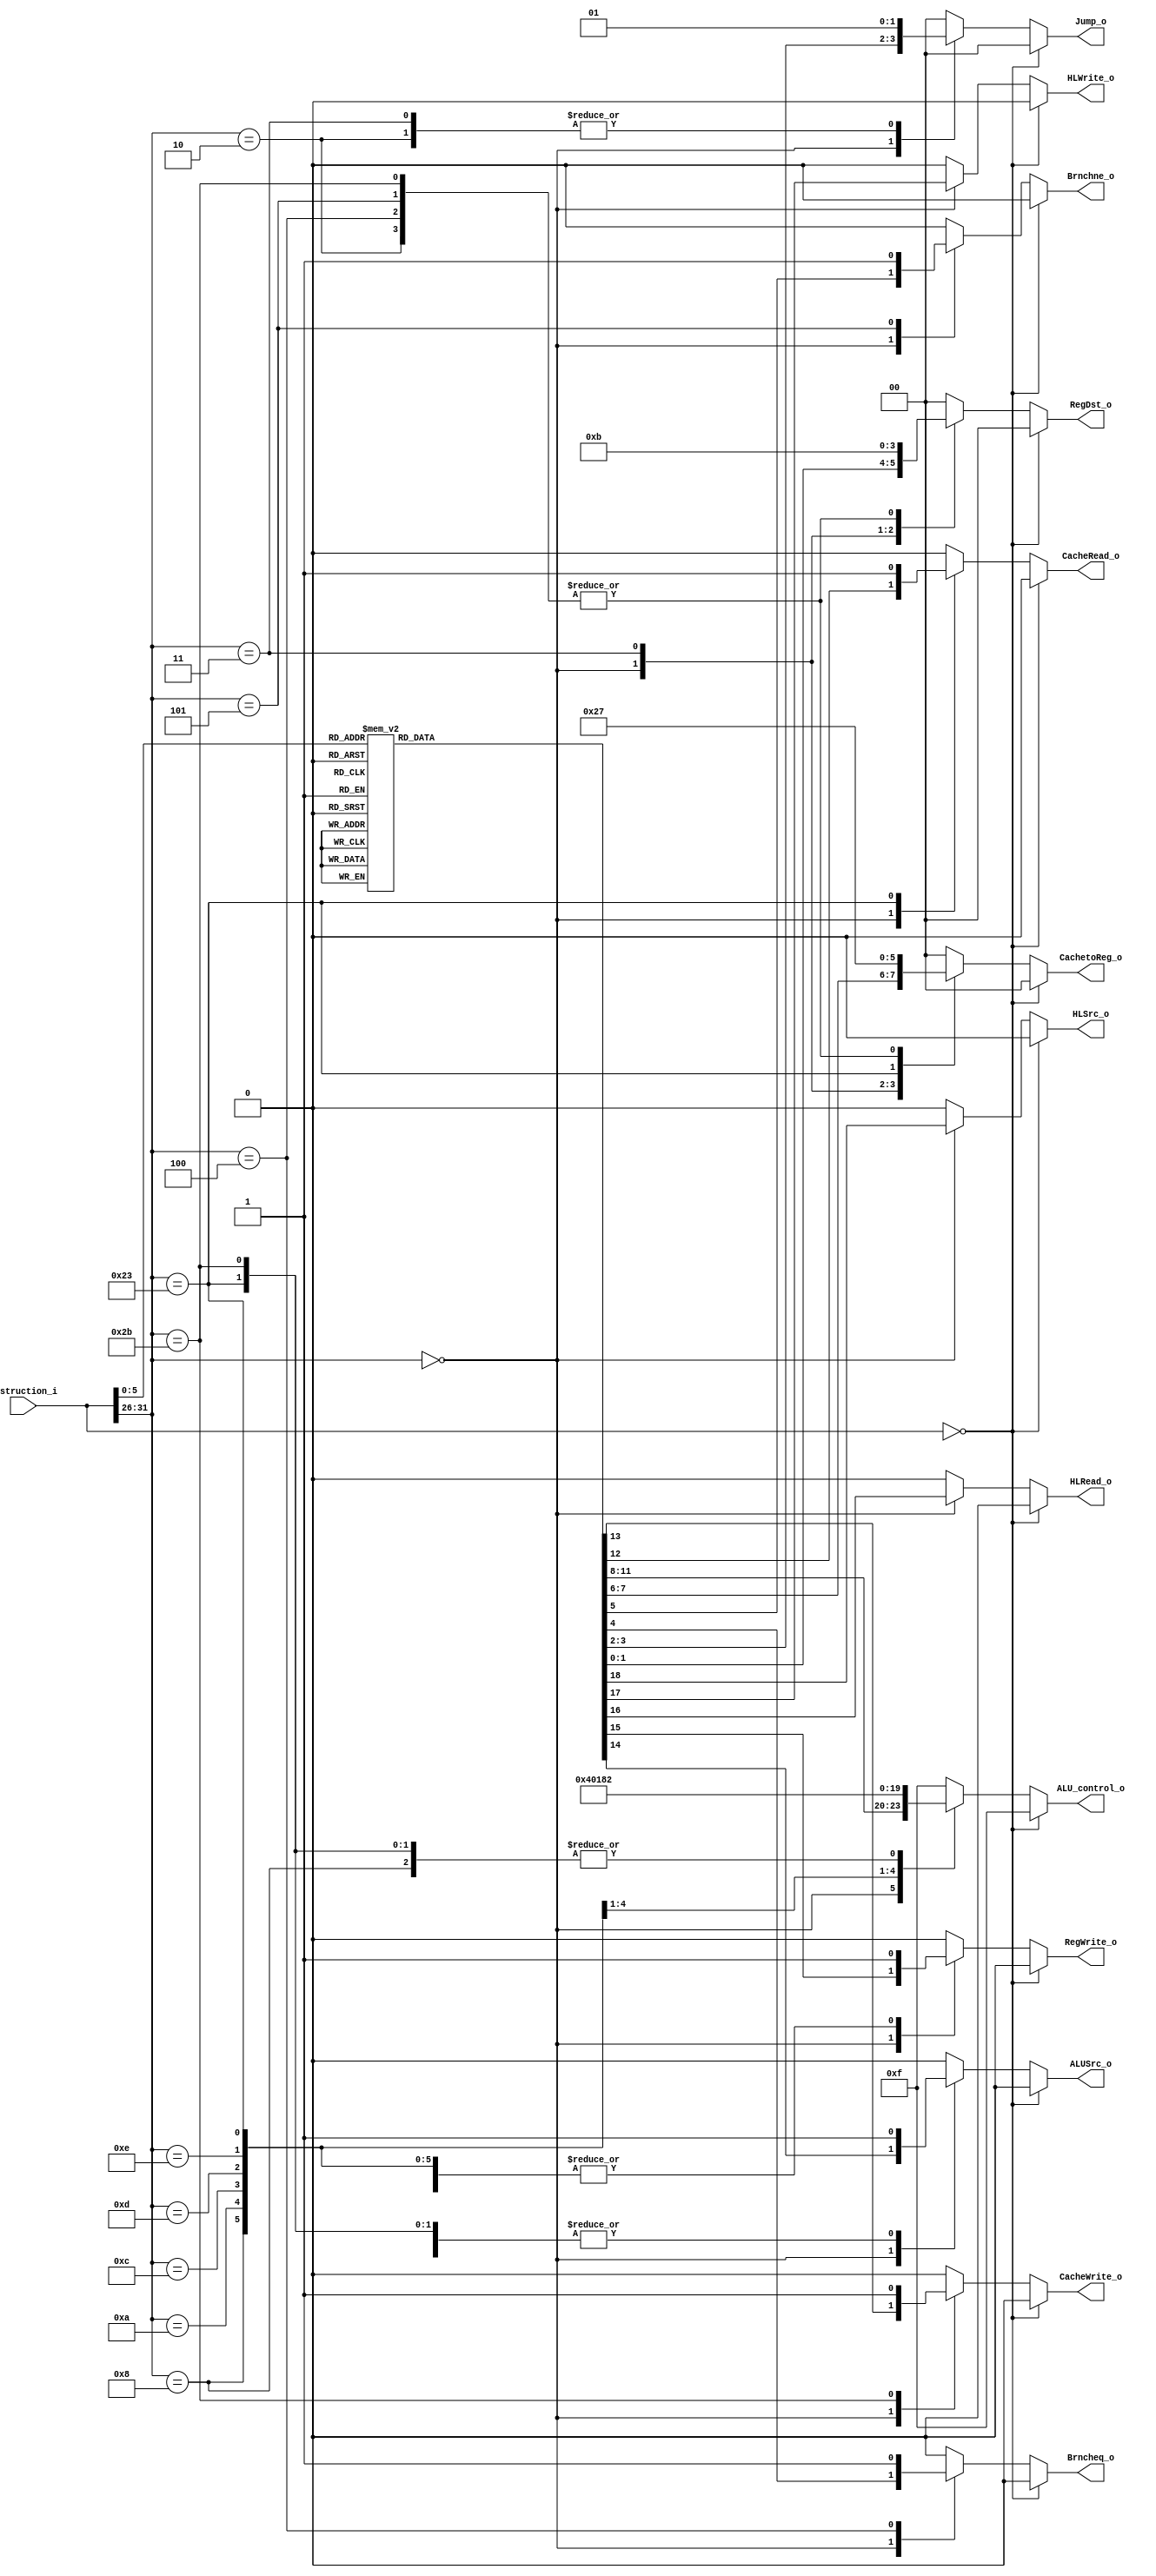
module control (
	input	  [31:0] instruction_i,
	output reg [1:0] RegDst_o,
	output reg [1:0] Jump_o,
	output reg 		 Brncheq_o,
	output reg 		 Brnchne_o,
	output reg [1:0] CachetoReg_o,
	output reg [3:0] ALU_control_o,
	output reg 		 CacheRead_o,
	output reg 		 CacheWrite_o,
	output reg 		 ALUSrc_o,
	output reg 		 RegWrite_o,
	output reg 		 HLRead_o,
	output reg 		 HLWrite_o,
	output reg 		 HLSrc_o
);

localparam AND = 4'd0, OR = 4'd1, ADD = 4'd2, SUB = 4'd3, SLT = 4'd4, SLL = 4'd5, SRL = 4'd6, SRA = 4'd7, XOR = 4'd8, NOR = 4'd9, MULT = 4'd10, DIV = 4'd11;

wire [5:0] opcode_i, funct_i;

assign opcode_i = instruction_i[31:26];
assign funct_i 	= instruction_i[5:0];

always @(*) begin
	if (instruction_i == 32'b0) begin //nop
		RegDst_o   	  = 2'b00;
		Jump_o 	   	  = 2'b00;
		Brncheq_o     = 1'b0;
		Brnchne_o	  = 1'b0;
		CachetoReg_o  = 2'b00;
		ALU_control_o = 4'b1111;
		CacheRead_o	  = 1'b0;
		CacheWrite_o  = 1'b0;
		ALUSrc_o 	  = 1'b0;
		RegWrite_o    = 1'b0;
		HLRead_o	  = 1'b0;
		HLWrite_o	  = 1'b0;
		HLSrc_o		  = 1'b0;
	end else begin
		case (opcode_i)
			6'h0: begin //r-type
				case (funct_i)
					6'h0: begin //sll
						RegDst_o   	  = 2'b01; //$rd
						Jump_o 	   	  = 2'b00;
						Brncheq_o     = 1'b0;
						Brnchne_o	  = 1'b0;
						CachetoReg_o  = 2'b00;
						ALU_control_o = SLL; //sll
						CacheRead_o	  = 1'b0;
						CacheWrite_o  = 1'b0;
						ALUSrc_o 	  = 1'b0;
						RegWrite_o    = 1'b1;
						HLRead_o	  = 1'b0;
						HLWrite_o	  = 1'b0;
						HLSrc_o		  = 1'b0;
					end
					6'h2: begin //srl
						RegDst_o   	  = 2'b01; //$rd
						Jump_o 	   	  = 2'b00;
						Brncheq_o     = 1'b0;
						Brnchne_o	  = 1'b0;
						CachetoReg_o  = 2'b00;
						ALU_control_o = SRL; //srl
						CacheRead_o	  = 1'b0;
						CacheWrite_o  = 1'b0;
						ALUSrc_o 	  = 1'b0;
						RegWrite_o    = 1'b1;
						HLRead_o	  = 1'b0;
						HLWrite_o	  = 1'b0;
						HLSrc_o		  = 1'b0;
					end
					6'h3: begin //sra
						RegDst_o   	  = 2'b01; //$rd
						Jump_o 	   	  = 2'b00;
						Brncheq_o     = 1'b0;
						Brnchne_o	  = 1'b0;
						CachetoReg_o  = 2'b00;
						ALU_control_o = SRA; //sra
						CacheRead_o	  = 1'b0;
						CacheWrite_o  = 1'b0;
						ALUSrc_o 	  = 1'b0;
						RegWrite_o    = 1'b1;
						HLRead_o	  = 1'b0;
						HLWrite_o	  = 1'b0;
						HLSrc_o		  = 1'b0;
					end
					6'h8: begin //jr
						RegDst_o   	  = 2'b11;
						Jump_o 	   	  = 2'b10; //PC = $rs
						Brncheq_o     = 1'b0;
						Brnchne_o	  = 1'b0;
						CachetoReg_o  = 2'b11;
						ALU_control_o = 4'b1111;
						CacheRead_o	  = 1'b0;
						CacheWrite_o  = 1'b0;
						ALUSrc_o 	  = 1'b0;
						RegWrite_o    = 1'b0;
						HLRead_o	  = 1'b0;
						HLWrite_o	  = 1'b0;
						HLSrc_o		  = 1'b0;
					end
					6'h9: begin //jalr
						RegDst_o   	  = 2'b01; //$rd
						Jump_o 	   	  = 2'b10; //PC = $rs
						Brncheq_o     = 1'b0;
						Brnchne_o	  = 1'b0;
						CachetoReg_o  = 2'b11;
						ALU_control_o = 4'b1111;
						CacheRead_o	  = 1'b0;
						CacheWrite_o  = 1'b0;
						ALUSrc_o 	  = 1'b0;
						RegWrite_o    = 1'b1; //$rd = PC
						HLRead_o	  = 1'b0;
						HLWrite_o	  = 1'b0;
						HLSrc_o		  = 1'b0;
					end
					6'h10: begin //mfhi
						RegDst_o   	  = 2'b01; //$rd
						Jump_o 	   	  = 2'b00;
						Brncheq_o     = 1'b0;
						Brnchne_o	  = 1'b0;
						CachetoReg_o  = 2'b00;
						ALU_control_o = ADD;
						CacheRead_o	  = 1'b0;
						CacheWrite_o  = 1'b0;
						ALUSrc_o 	  = 1'b0;
						RegWrite_o    = 1'b1; //$rd = $HI
						HLRead_o	  = 1'b1; //$HI
						HLWrite_o	  = 1'b0;
						HLSrc_o		  = 1'b1; //read data from HI_LO
					end
					6'h12: begin //mflo
						RegDst_o   	  = 2'b01; //$rd
						Jump_o 	   	  = 2'b00;
						Brncheq_o     = 1'b0;
						Brnchne_o	  = 1'b0;
						CachetoReg_o  = 2'b00;
						ALU_control_o = ADD;
						CacheRead_o	  = 1'b0;
						CacheWrite_o  = 1'b0;
						ALUSrc_o 	  = 1'b0;
						RegWrite_o    = 1'b1; //$rd = $LO
						HLRead_o	  = 1'b0; //$LO
						HLWrite_o	  = 1'b0;
						HLSrc_o		  = 1'b1; //read data from HI_LO
					end
					6'h18: begin //mult
						RegDst_o   	  = 2'b11;
						Jump_o 	   	  = 2'b00;
						Brncheq_o     = 1'b0;
						Brnchne_o	  = 1'b0;
						CachetoReg_o  = 2'b00;
						ALU_control_o = MULT;
						CacheRead_o	  = 1'b0;
						CacheWrite_o  = 1'b0;
						ALUSrc_o 	  = 1'b0;
						RegWrite_o    = 1'b0;
						HLRead_o	  = 1'b0;
						HLWrite_o	  = 1'b1; //{$HI, $LO} = product
						HLSrc_o		  = 1'b0;
					end
					6'h1a: begin //div
						RegDst_o   	  = 2'b11;
						Jump_o 	   	  = 2'b00;
						Brncheq_o     = 1'b0;
						Brnchne_o	  = 1'b0;
						CachetoReg_o  = 2'b00;
						ALU_control_o = DIV;
						CacheRead_o	  = 1'b0;
						CacheWrite_o  = 1'b0;
						ALUSrc_o 	  = 1'b0;
						RegWrite_o    = 1'b0;
						HLRead_o	  = 1'b0;
						HLWrite_o	  = 1'b1; //{$HI, $LO} = {remainder, quotient}
						HLSrc_o		  = 1'b0;
					end
					6'h20: begin //add
						RegDst_o   	  = 2'b01; //$rd
						Jump_o 	   	  = 2'b00;
						Brncheq_o     = 1'b0;
						Brnchne_o	  = 1'b0;
						CachetoReg_o  = 2'b00;
						ALU_control_o = ADD; //add
						CacheRead_o	  = 1'b0;
						CacheWrite_o  = 1'b0;
						ALUSrc_o 	  = 1'b0;
						RegWrite_o    = 1'b1;
						HLRead_o	  = 1'b0;
						HLWrite_o	  = 1'b0;
						HLSrc_o		  = 1'b0;
					end
					6'h22: begin //sub
						RegDst_o   	  = 2'b01; //$rd
						Jump_o 	   	  = 2'b00;
						Brncheq_o     = 1'b0;
						Brnchne_o	  = 1'b0;
						CachetoReg_o  = 2'b00;
						ALU_control_o = SUB; //sub
						CacheRead_o	  = 1'b0;
						CacheWrite_o  = 1'b0;
						ALUSrc_o 	  = 1'b0;
						RegWrite_o    = 1'b1;
						HLRead_o	  = 1'b0;
						HLWrite_o	  = 1'b0;
						HLSrc_o		  = 1'b0;
					end
					6'h24: begin //and
						RegDst_o   	  = 2'b01; //$rd
						Jump_o 	   	  = 2'b00;
						Brncheq_o     = 1'b0;
						Brnchne_o	  = 1'b0;
						CachetoReg_o  = 2'b00;
						ALU_control_o = AND; //and
						CacheRead_o	  = 1'b0;
						CacheWrite_o  = 1'b0;
						ALUSrc_o 	  = 1'b0;
						RegWrite_o    = 1'b1;
						HLRead_o	  = 1'b0;
						HLWrite_o	  = 1'b0;
						HLSrc_o		  = 1'b0;
					end
					6'h25: begin //or
						RegDst_o   	  = 2'b01; //$rd
						Jump_o 	   	  = 2'b00;
						Brncheq_o     = 1'b0;
						Brnchne_o	  = 1'b0;
						CachetoReg_o  = 2'b00;
						ALU_control_o = OR; //or
						CacheRead_o	  = 1'b0;
						CacheWrite_o  = 1'b0;
						ALUSrc_o 	  = 1'b0;
						RegWrite_o    = 1'b1;
						HLRead_o	  = 1'b0;
						HLWrite_o	  = 1'b0;
						HLSrc_o		  = 1'b0;
					end
					6'h26: begin //xor
						RegDst_o   	  = 2'b01; //$rd
						Jump_o 	   	  = 2'b00;
						Brncheq_o     = 1'b0;
						Brnchne_o	  = 1'b0;
						CachetoReg_o  = 2'b00;
						ALU_control_o = XOR; //xor
						CacheRead_o	  = 1'b0;
						CacheWrite_o  = 1'b0;
						ALUSrc_o 	  = 1'b0;
						RegWrite_o    = 1'b1;
						HLRead_o	  = 1'b0;
						HLWrite_o	  = 1'b0;
						HLSrc_o		  = 1'b0;
					end
					6'h27: begin //nor
						RegDst_o   	  = 2'b01; //$rd
						Jump_o 	   	  = 2'b00;
						Brncheq_o     = 1'b0;
						Brnchne_o	  = 1'b0;
						CachetoReg_o  = 2'b00;
						ALU_control_o = NOR; //nor
						CacheRead_o	  = 1'b0;
						CacheWrite_o  = 1'b0;
						ALUSrc_o 	  = 1'b0;
						RegWrite_o    = 1'b1;
						HLRead_o	  = 1'b0;
						HLWrite_o	  = 1'b0;
						HLSrc_o		  = 1'b0;
					end
					6'h2a: begin //slt
						RegDst_o   	  = 2'b01; //$rd
						Jump_o 	   	  = 2'b00;
						Brncheq_o     = 1'b0;
						Brnchne_o	  = 1'b0;
						CachetoReg_o  = 2'b00;
						ALU_control_o = SLT; //slt
						CacheRead_o	  = 1'b0;
						CacheWrite_o  = 1'b0;
						ALUSrc_o 	  = 1'b0;
						RegWrite_o    = 1'b1;
						HLRead_o	  = 1'b0;
						HLWrite_o	  = 1'b0;
						HLSrc_o		  = 1'b0;
					end
					default : begin //nop
						RegDst_o   	  = 2'b00;
						Jump_o 	   	  = 2'b00;
						Brncheq_o     = 1'b0;
						Brnchne_o	  = 1'b0;
						CachetoReg_o  = 2'b00;
						ALU_control_o = 4'b1111;
						CacheRead_o	  = 1'b0;
						CacheWrite_o  = 1'b0;
						ALUSrc_o 	  = 1'b0;
						RegWrite_o    = 1'b0;
						HLRead_o	  = 1'b0;
						HLWrite_o	  = 1'b0;
						HLSrc_o		  = 1'b0;
					end
				endcase
			end
			6'h2: begin //j
				RegDst_o   	  = 2'b11;
				Jump_o 	   	  = 2'b01; //PC = JumpAddr
				Brncheq_o     = 1'b0;
				Brnchne_o	  = 1'b0;
				CachetoReg_o  = 2'b11;
				ALU_control_o = 4'b1111;
				CacheRead_o	  = 1'b0;
				CacheWrite_o  = 1'b0;
				ALUSrc_o 	  = 1'b0;
				RegWrite_o    = 1'b0;
				HLRead_o	  = 1'b0;
				HLWrite_o	  = 1'b0;
				HLSrc_o		  = 1'b0;
			end
			6'h3: begin //jal
				RegDst_o   	  = 2'b10; //$ra
				Jump_o 	   	  = 2'b01; //PC = JumpAddr
				Brncheq_o     = 1'b0;
				Brnchne_o	  = 1'b0;
				CachetoReg_o  = 2'b10; //PC + 8
				ALU_control_o = 4'b1111;
				CacheRead_o	  = 1'b0;
				CacheWrite_o  = 1'b0;
				ALUSrc_o 	  = 1'b0;
				RegWrite_o    = 1'b1; //$ra = PC
				HLRead_o	  = 1'b0;
				HLWrite_o	  = 1'b0;
				HLSrc_o		  = 1'b0;
			end
			6'h4: begin //beq
				RegDst_o   	  = 2'b11;
				Jump_o 	   	  = 2'b00;
				Brncheq_o     = 1'b1;
				Brnchne_o	  = 1'b0;
				CachetoReg_o  = 2'b11;
				ALU_control_o = 4'b1111; //nop
				CacheRead_o	  = 1'b0;
				CacheWrite_o  = 1'b0;
				ALUSrc_o 	  = 1'b0;
				RegWrite_o    = 1'b0;
				HLRead_o	  = 1'b0;
				HLWrite_o	  = 1'b0;
				HLSrc_o		  = 1'b0;
			end
			6'h5: begin //bne
				RegDst_o   	  = 2'b11;
				Jump_o 	   	  = 2'b00;
				Brncheq_o     = 1'b0;
				Brnchne_o	  = 1'b1;
				CachetoReg_o  = 2'b11;
				ALU_control_o = 4'b1111; //nop
				CacheRead_o	  = 1'b0;
				CacheWrite_o  = 1'b0;
				ALUSrc_o 	  = 1'b0;
				RegWrite_o    = 1'b0;
				HLRead_o	  = 1'b0;
				HLWrite_o	  = 1'b0;
				HLSrc_o		  = 1'b0;
			end
			6'h8: begin //addi
				RegDst_o   	  = 2'b00; //$rt
				Jump_o 	   	  = 2'b00;
				Brncheq_o     = 1'b0;
				Brnchne_o	  = 1'b0;
				CachetoReg_o  = 2'b00;
				ALU_control_o = ADD; //add
				CacheRead_o	  = 1'b0;
				CacheWrite_o  = 1'b0;
				ALUSrc_o 	  = 1'b1; //SignExtImm
				RegWrite_o    = 1'b1;
				HLRead_o	  = 1'b0;
				HLWrite_o	  = 1'b0;
				HLSrc_o		  = 1'b0;
			end
			6'ha: begin //slti
				RegDst_o   	  = 2'b00; //$rt
				Jump_o 	   	  = 2'b00;
				Brncheq_o     = 1'b0;
				Brnchne_o	  = 1'b0;
				CachetoReg_o  = 2'b00;
				ALU_control_o = SLT; //slt
				CacheRead_o	  = 1'b0;
				CacheWrite_o  = 1'b0;
				ALUSrc_o 	  = 1'b1; //SignExtImm
				RegWrite_o    = 1'b1;
				HLRead_o	  = 1'b0;
				HLWrite_o	  = 1'b0;
				HLSrc_o		  = 1'b0;
			end
			6'hc: begin //andi
				RegDst_o   	  = 2'b00; //$rt
				Jump_o 	   	  = 2'b00;
				Brncheq_o     = 1'b0;
				Brnchne_o	  = 1'b0;
				CachetoReg_o  = 2'b00;
				ALU_control_o = AND; //and
				CacheRead_o	  = 1'b0;
				CacheWrite_o  = 1'b0;
				ALUSrc_o 	  = 1'b1; //SignExtImm
				RegWrite_o    = 1'b1;
				HLRead_o	  = 1'b0;
				HLWrite_o	  = 1'b0;
				HLSrc_o		  = 1'b0;
			end
			6'hd: begin //ori
				RegDst_o   	  = 2'b00; //$rt
				Jump_o 	   	  = 2'b00;
				Brncheq_o     = 1'b0;
				Brnchne_o	  = 1'b0;
				CachetoReg_o  = 2'b00;
				ALU_control_o = OR; //or
				CacheRead_o	  = 1'b0;
				CacheWrite_o  = 1'b0;
				ALUSrc_o 	  = 1'b1; //SignExtImm
				RegWrite_o    = 1'b1;
				HLRead_o	  = 1'b0;
				HLWrite_o	  = 1'b0;
				HLSrc_o		  = 1'b0;
			end
			6'he: begin //xori
				RegDst_o   	  = 2'b00; //$rt
				Jump_o 	   	  = 2'b00;
				Brncheq_o     = 1'b0;
				Brnchne_o	  = 1'b0;
				CachetoReg_o  = 2'b00;
				ALU_control_o = XOR; //xor
				CacheRead_o	  = 1'b0;
				CacheWrite_o  = 1'b0;
				ALUSrc_o 	  = 1'b1; //SignExtImm
				RegWrite_o    = 1'b1;
				HLRead_o	  = 1'b0;
				HLWrite_o	  = 1'b0;
				HLSrc_o		  = 1'b0;
			end
			6'h23: begin //lw
				RegDst_o   	  = 2'b00; //$rt
				Jump_o 	   	  = 2'b00;
				Brncheq_o     = 1'b0;
				Brnchne_o	  = 1'b0;
				CachetoReg_o  = 2'b01;
				ALU_control_o = ADD; //add
				CacheRead_o	  = 1'b1;
				CacheWrite_o  = 1'b0;
				ALUSrc_o 	  = 1'b1; //SignExtImm
				RegWrite_o    = 1'b1;
				HLRead_o	  = 1'b0;
				HLWrite_o	  = 1'b0;
				HLSrc_o		  = 1'b0;
			end
			6'h2b: begin //sw
				RegDst_o   	  = 2'b11;
				Jump_o 	   	  = 2'b00;
				Brncheq_o     = 1'b0;
				Brnchne_o	  = 1'b0;
				CachetoReg_o  = 2'b11;
				ALU_control_o = ADD; //add
				CacheRead_o	  = 1'b0;
				CacheWrite_o  = 1'b1;
				ALUSrc_o 	  = 1'b1; //SignExtImm
				RegWrite_o    = 1'b0;
				HLRead_o	  = 1'b0;
				HLWrite_o	  = 1'b0;
				HLSrc_o		  = 1'b0;
			end
			default : begin
				RegDst_o   	  = 2'b00;
				Jump_o 	   	  = 2'b00;
				Brncheq_o     = 1'b0;
				Brnchne_o	  = 1'b0;
				CachetoReg_o  = 2'b00;
				ALU_control_o = 4'b1111;
				CacheRead_o	  = 1'b0;
				CacheWrite_o  = 1'b0;
				ALUSrc_o 	  = 1'b0;
				RegWrite_o    = 1'b0;
				HLRead_o	  = 1'b0;
				HLWrite_o	  = 1'b0;
				HLSrc_o		  = 1'b0;
			end
		endcase
	end
	
end

endmodule